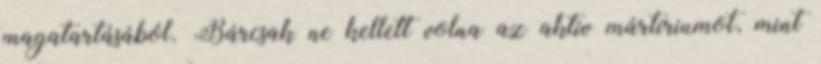
magatartásából. Bárcsak ne kellett volna az aktív mártíriumot, mint